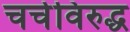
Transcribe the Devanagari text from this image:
चर्चविरुद्ध